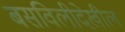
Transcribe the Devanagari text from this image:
बसविलीदेखील